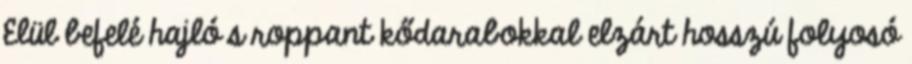
Elül befelé hajló s roppant kődarabokkal elzárt hosszú folyosó